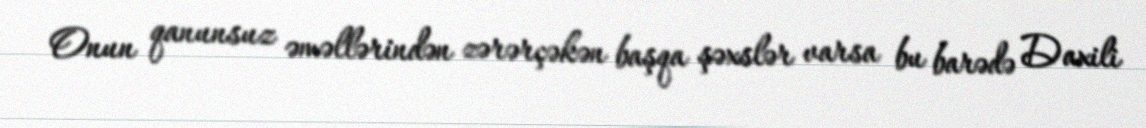
Onun qanunsuz əməllərindən zərərçəkən başqa şəxslər varsa bu barədə Daxili